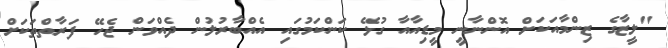
"ލީޒާގެ ޒިންމާއަކަށް އޮންނާނީ މީޑިއާއާ ގުޅޭ ކަންކަމުގައި އެއްބާރުލުން ދެއްވަން ޖެހޭ ފަރާތްތަކަށް